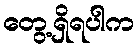
တွေ့ရှိရပါက